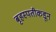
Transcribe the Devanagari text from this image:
बृहस्पतीकडून